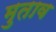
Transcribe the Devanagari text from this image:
मुताव